Sanitation, dispensaries and jails vaccination Rajputana 1922-1927 - 1922-1927
Year: 1922
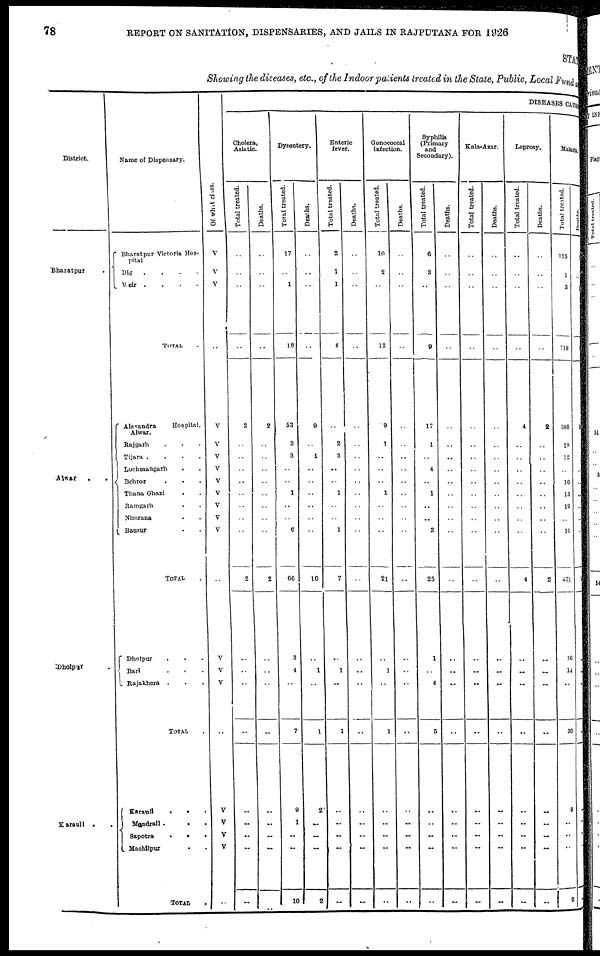
78
REPORT ON SANITATION, DISPENSARIES, AND JAILS IN RAJPUTANA FOR 1926
STATE
Showing the diseases, etc., of the Indoor patients treated in the State, Public, Local Fund and
District.
Bharatpur
Alwar
..
Dholpur .
Karauli ..
Name of Dispensary.
Bharatpur Victoria Hos-
pital
Dig
....
Weir ....
TOTAL .
Alexandra
Hospital,
Alwar.
Rajgarh ...
Tijara
....
Luchmangarh
..
Behror ...
Thana Ghazi ..
Ramgarh ..
Nimrana ..
Bausur ..
TOTAL .
Dholpur ...
Bari ...
Rajakhera ...
TOTAL .
Karauli
...
Mandrail...
Sapotra
...
Machilpur ..
TOTAL .
Of what class.
V
V
V
..
V
V
V
V
V
V
V
V
V
..
V
V
V
..
V
V
V
V
..
DISEASES CAUSES
Cholera,
Asiatic.
Total treated.
..
..
..
..
2
..
..
..
..
..
..
..
..
2
..
..
..
..
..
..
..
..
..
Deaths.
..
..
..
..
2
..
..
..
..
..
..
..
..
2
..
..
..
..
..
..
..
..
..
Dysentery.
Total treated.
17
..
1
18
53
3
3
..
..
1
..
..
6
66
3
4
..
7
9
1
..
..
10
Deaths.
..
..
..
..
9
..
1
..
..
..
..
..
..
10
..
1
..
1
2
..
..
..
2
Enteric
fever.
Total treated.
2
1
1
4
..
2
3
..
..
1
..
..
1
7
..
1
..
1
..
..
..
..
..
Deaths.
..
..
..
..
..
..
..
..
..
..
..
..
..
..
..
..
..
..
..
..
..
..
..
Gonococcal
infection.
Total treated.
10
2
..
12
9
1
..
..
..
1
..
..
..
21
..
1
..
1
..
..
..
..
..
Deaths.
..
..
..
..
..
..
..
..
..
..
..
..
..
..
..
..
..
..
..
..
..
..
..
Syphilis
(Primary
and
Secondary).
Total treated.
6
3
..
8
17
1
..
4
..
1
..
..
2
25
1
..
4
5
..
..
..
..
..
Deaths.
..
..
..
..
..
..
..
..
..
..
..
..
..
..
..
..
..
..
..
..
..
..
..
Kala-Azar.
Total treated.
..
..
..
..
..
..
..
..
..
..
..
..
..
..
..
..
..
..
..
..
..
..
..
Deaths.
..
..
..
..
..
..
..
..
..
..
..
..
..
..
..
..
..
..
..
..
..
..
..
Leprosy.
Total treated.
..
..
..
..
4
..
..
..
..
..
..
..
..
4
..
..
..
..
..
..
..
..
..
Deaths.
..
..
..
..
2
..
..
..
..
..
..
..
..
2
..
..
..
..
..
..
..
..
..
Malaria.
Total treated.
115
1
3
119
388
19
12
..
10
13
19
..
10
471
16
14
..
30
9
..
..
..
9
Deaths.
7
..
1
8
16
..
..
..
..
..
..
..
..
1
..
..
..
..
..
..
..
..
..